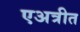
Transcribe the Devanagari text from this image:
एअत्रीत